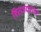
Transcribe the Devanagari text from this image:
बिराजदारांचा